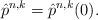
LaTeX: \begin{align*}\hat{p}^{n,k}=\hat{p}^{n,k}(0).\end{align*}